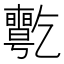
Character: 𠄊